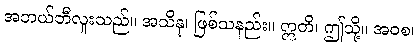
အဘယ်ဘီလူးသည်။ အသိနု၊ ဖြစ်သနည်း။ ဣတိ၊ ဤသို့။ အဝစ၊